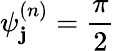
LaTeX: \psi_{\mathbf{j}}^{(n)}={\frac{{\pi}}{{2}}}